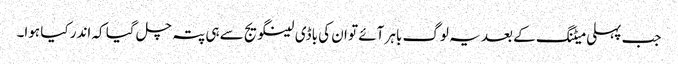
جب پہلی میٹنگ کے بعد یہ لوگ باہر آئے تو ان کی باڈی لینگویج سے ہی پتہ چل گیا کہ اندر کیا ہوا۔